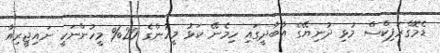
ޑެމޮގްރަފިކްސް މުޅި ދުނިޔޭގެ އާބާދީގައި ހިމެނޭ ކަޅު މީހުންގެ 20% މީހުންނަކީ ނައިޖީރިއާ